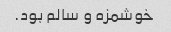
خوشمزه و سالم بود.